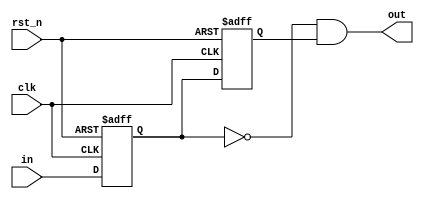
module fed (
    input clk,
    input rst_n,
    input in,
    output out
);
    reg ff1_next, ff1_reg;
    reg ff2_next, ff2_reg;

    assign out = ~ff1_reg & ff2_reg;

    always @(posedge clk, negedge rst_n)
        if (!rst_n) begin
            ff1_reg <= 1'b0;
            ff2_reg <= 1'b0;
        end
        else begin
            ff1_reg <= ff1_next;
            ff2_reg <= ff2_next;
    end

    always @(*) begin
        ff1_next = in;
        ff2_next = ff1_reg;
    end
endmodule